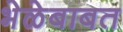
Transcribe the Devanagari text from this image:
भेळेबाबत